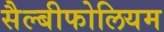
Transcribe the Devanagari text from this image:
सैल्बीफोलियम